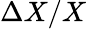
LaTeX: \Delta X/X